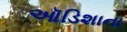
ઑડિશાના